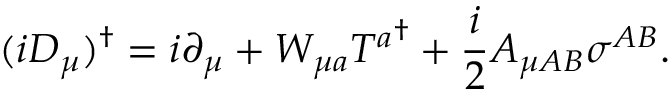
( i D _ { \mu } ) ^ { \dagger } = i \partial _ { \mu } + W _ { { \mu } a } { { \cal T } ^ { a } } ^ { \dagger } + { \frac { i } { 2 } } A _ { \mu { A B } } { \sigma } ^ { A B } .